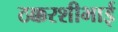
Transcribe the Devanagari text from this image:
ठक्करशीभाई